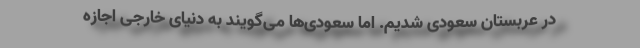
در عربستان سعودی شدیم. اما سعودی‌ها می‌گویند به دنیای خارجی اجازه